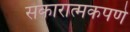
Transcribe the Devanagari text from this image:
सकारात्मकपणे